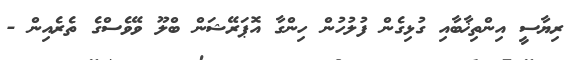
ރިޔާސީ އިންތިޚާބާއި ގުޅިގެން ފުލުހުން ހިންގާ އޮޕަރޭޝަން ބްލޫ ވޭވެސްގެ ތެރެއިން -